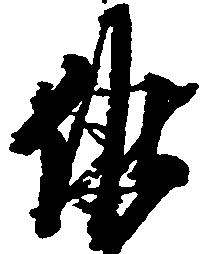
候